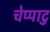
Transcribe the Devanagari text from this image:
चेप्पाटु